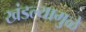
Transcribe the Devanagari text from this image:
खंडल्यामुळे